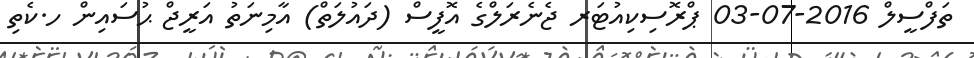
ތަފްސީލް 2016-07-03 ޕްރޮސިކިއުޓަރ ޖެނެރަލްގެ އޮފީސް (ދައުލަތް) އާމިނަތު އަރީޖް ޙުސައިން ހ.ކެތި